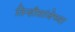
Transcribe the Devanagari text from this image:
तिन्हीसांजेच्या